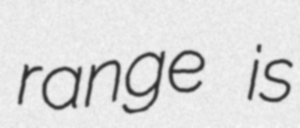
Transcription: range is